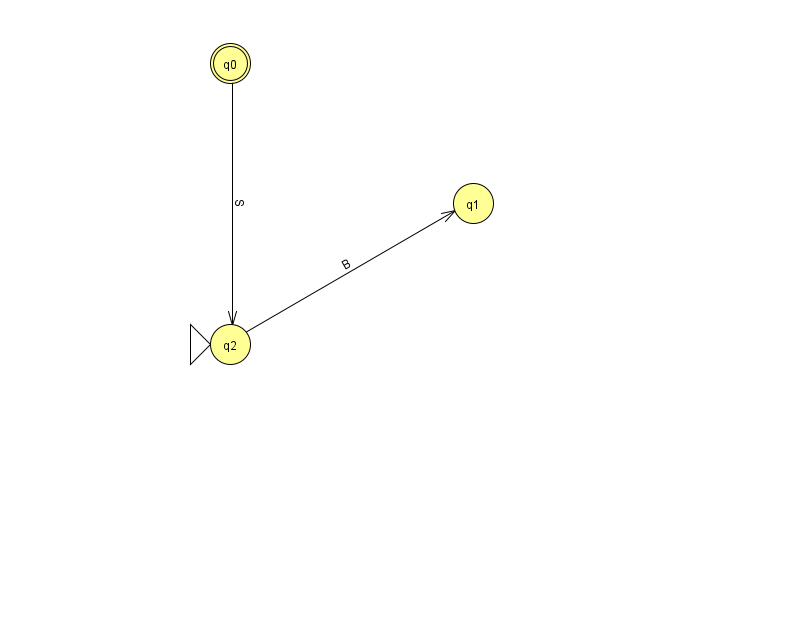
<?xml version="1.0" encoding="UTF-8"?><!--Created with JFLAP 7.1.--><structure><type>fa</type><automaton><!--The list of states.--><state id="0" name="q0"><x>230.0</x><y>50.0</y><final/></state><state id="1" name="q1"><x>473.0</x><y>190.0</y></state><state id="2" name="q2"><x>230.0</x><y>331.0</y><initial/></state><!--The list of transitions.--><transition><from>0</from><to>2</to><read>S</read></transition><transition><from>2</from><to>1</to><read>B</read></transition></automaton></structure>